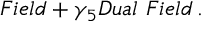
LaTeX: F i e l d + \gamma _ { 5 } D u a l ~ F i e l d \, . \nonumber